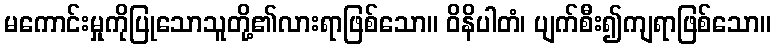
မကောင်းမှုကိုပြုသောသူတို့၏လားရာဖြစ်သော။ ဝိနိပါတံ၊ ပျက်စီး၍ကျရာဖြစ်သော။